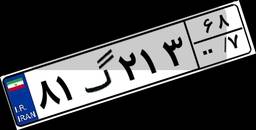
۲۳گ۴۷۱۰۴